画像に写った文字を読んでください
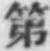
「第」と書いてあります